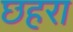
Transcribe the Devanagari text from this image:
छहरा